Vaccine operations Central Provinces 1900-1911 - 1900-1911
Year: 1900
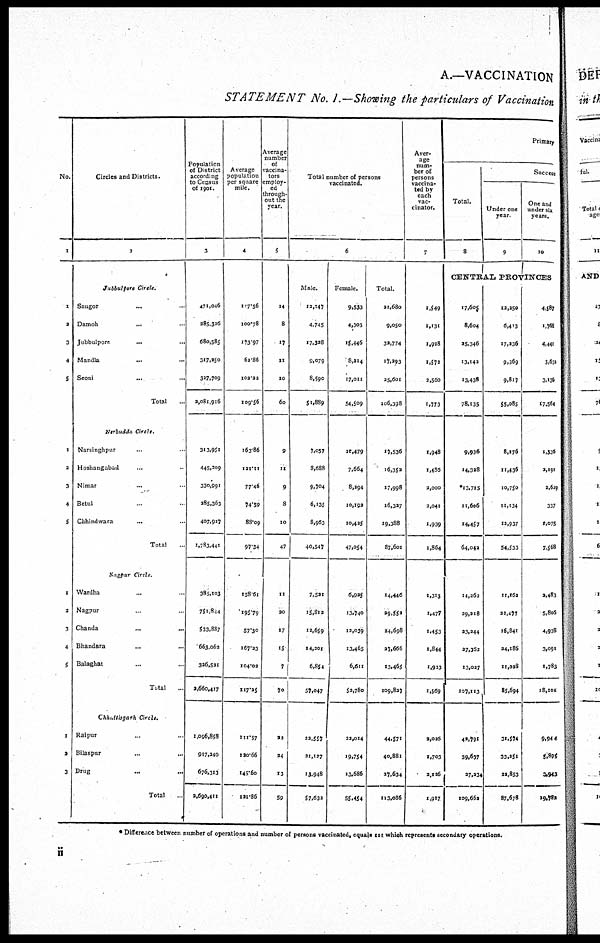
A.—VACCINATION
STATEMENT No. I.—Showing the particulars of Vaccination
No.
1
1
2
3
4
5
1
2
3
4
5
1
2
3
4
5
1
2
3
Circles and Districts.
2
Jubbulpore Circle.
Saugor ... ...
Damoh ... ...
Jubbulpore ... ...
Mandla ... ...
Seoni
... ...
Total ...
Nirbudda
Circle.
Narsinghpur ... ...
Hoshangabad ... ...
Nimar ... ...
Betul ... ...
Chhindwara
... ...
Total
Nagpur Circle.
Wardha ... ...
Nagpur ... ...
Chanda
...
...
Bhandara ... ...
Balaghat ... ...
Total ...
Chhattisgarh Circle.
Raipur ... ...
Bilaspur ... ...
Drug ... ...
Total ...
Population
of District
according
to Census
of 1901.
3
471,046
285,326
680,585
317,250
327,709
9,081,916
313,951
445,209
330,991
285,363
407,927
1,783,441
385,103
751,844
533,887
663,062
326,521
2,660,417
1,006,858
917,240
676,313
2,690,411
Average
population
per square
mile.
4
117.56
100.78
173.97
62.86
102.22
I 09.56
163.86
121,11
77.46
74.59
88.09
97.34
158,61
195.79
57.30
167.23
104.02
117.25
111.57
120.66
145.60
121.86
Average
number
of
vaccina-
tors
employ-
ed
through-
out the
year.
5
14
8
17
11
10
60
9
11
9
8
10
47
11
20
17
15
7
70
22
24
13
59
Total number of persons
vaccinated.
6
Male.
12,147
4,745
17,328
9,079
8,590
51,889
7,057
8,688
9,704
6,135
8,963
40,547
7,521
15,812
12,659
14,201
6,854
57,047
22,557
21,127
13,948
57,632
Female.
9,533
4,305
15,446
8,214
17,011
54,509
10,479
7,664
8,294
10,192
10,425
47,054
6,925
13,740
12,039
13,465
6,611
52,780
22,014
19,754
13,686
55,454
Total.
21,680
9,050
32,774
17,293
25,601
106,398
17,536
16,352
17,998
16,327
19,388
87,601
14,446
29,552
24,698
27,666
13,465
109,827
44,571
40,881
27,634
113,086
Aver-
age
num-
ber of
persons
vaccina-
ted by
each
vac-
cinator.
7
1,549
1,131
1,928
1,572
2,560
1,773
1,948
1,436
2,000
2,041
1,939
1,864
1,313
1,477
1,453
1,844
1,923
1,569
2,026
1,703
2,126
1,917
Primary
Total.
8
Success
Under one
year.
9
One and
under six
years.
10
CENTRAL PROVINCES
17,605
8,604
25,346
13,142
13,438
78,135
9,936
14,328
*13,715
11,606
14,457
64,042
14,262
29,218
23,244
27,362
13,027
107,113
42,791
39,637
27,234
109,662
12,250
6,413
17,236
9,369
9,817
55,085
8,276
11,436
10,750
11,134
12,937
54,533
11,162
22,477
16,841
24,186
11,028
85,694
31,574
33,251
22,853
87,678
4,587
1,768
4,441
3,632
3,136
17,564
1,335
2,191
2,619
337
1,075
7,568
2,483
5,805
4,938
3,091
1,783
18,101
9,944
5,895
3,943
19,782
* Difference between number of operations and number of persons vaccinated, equals III which represents secondary operations.
ii